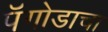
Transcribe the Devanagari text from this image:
पॅगोडाचा